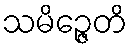
သမိဉ္ဇေတိ